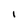
Character: l